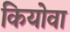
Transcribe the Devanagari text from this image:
कियोवा